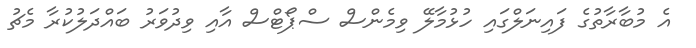
އެ މުބާރާތުގެ ފައިނަލްގައި ހުޅުމާލޭ ވިމެންސް ސްޕޯޓްސް އާއި ވިދުވަރު ބައްދަލުކުރާ މެޗު